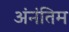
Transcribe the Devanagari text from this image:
अंनंतिम